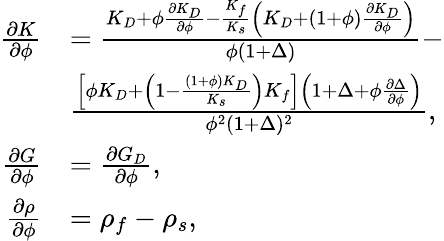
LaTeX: \begin{array}{r}{\begin{array}{rl}{\frac{\partial K}{\partial\phi}}&{=\frac{K_{D}+\phi\frac{\partial K_{D}}{\partial\phi}-\frac{K_{f}}{K_{s}}\left(K_{D}+(1+\phi)\frac{\partial K_{D}}{\partial\phi}\right)}{\phi(1+\Delta)}-}\\ &{\frac{\left[\phi K_{D}+\left(1-\frac{(1+\phi)K_{D}}{K_{s}}\right)K_{f}\right]\left(1+\Delta+\phi\frac{\partial\Delta}{\partial\phi}\right)}{\phi^{2}(1+\Delta)^{2}},}\\ {\frac{\partial G}{\partial\phi}}&{=\frac{\partial G_{D}}{\partial\phi},}\\ {\frac{\partial\rho}{\partial\phi}}&{=\rho_{f}-\rho_{s},}\end{array}}\end{array}